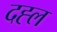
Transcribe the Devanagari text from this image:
दह्ल